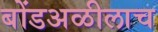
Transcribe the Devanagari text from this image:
बोंडअळीलाच